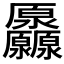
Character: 𠫒